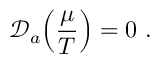
\mathscr { D } _ { a } \Big ( \frac { \mu } { T } \Big ) = 0 ~ .